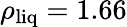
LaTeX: \rho_{\mathrm{liq}}=1.66